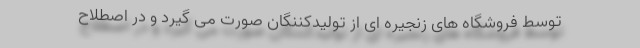
توسط فروشگاه های زنجیره ای از تولیدکننگان صورت می گیرد و در اصطلاح